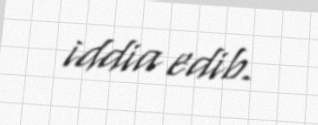
iddia edib.